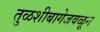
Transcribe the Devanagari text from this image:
तुळशीबागेजवळून